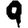
Digit: 9